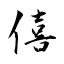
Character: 僖